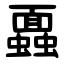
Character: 蠠